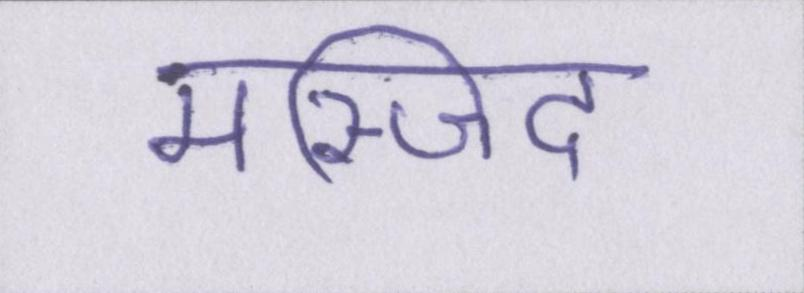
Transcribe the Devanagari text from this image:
मस्जिद